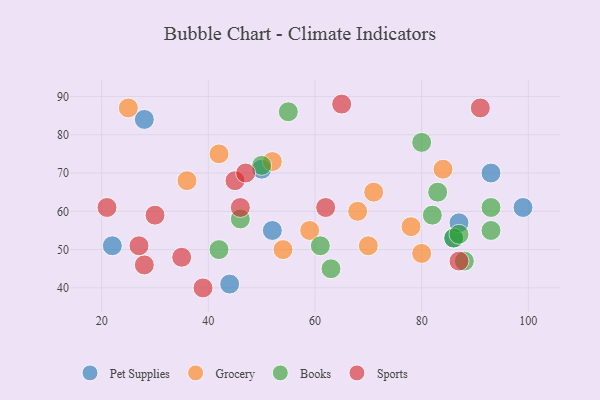
{"axis": {"x": "GDP", "y": "Life Expectancy"}, "legend": ["Books", "Grocery", "Pet Supplies", "Sports"], "data": [{"x": "52", "y": 55, "type": "Pet Supplies"}, {"x": "86", "y": 53, "type": "Pet Supplies"}, {"x": "50", "y": 71, "type": "Pet Supplies"}, {"x": "87", "y": 57, "type": "Pet Supplies"}, {"x": "44", "y": 41, "type": "Pet Supplies"}, {"x": "99", "y": 61, "type": "Pet Supplies"}, {"x": "22", "y": 51, "type": "Pet Supplies"}, {"x": "28", "y": 84, "type": "Pet Supplies"}, {"x": "93", "y": 70, "type": "Pet Supplies"}, {"x": "78", "y": 56, "type": "Grocery"}, {"x": "59", "y": 55, "type": "Grocery"}, {"x": "42", "y": 75, "type": "Grocery"}, {"x": "25", "y": 87, "type": "Grocery"}, {"x": "70", "y": 51, "type": "Grocery"}, {"x": "54", "y": 50, "type": "Grocery"}, {"x": "68", "y": 60, "type": "Grocery"}, {"x": "52", "y": 73, "type": "Grocery"}, {"x": "71", "y": 65, "type": "Grocery"}, {"x": "84", "y": 71, "type": "Grocery"}, {"x": "80", "y": 49, "type": "Grocery"}, {"x": "36", "y": 68, "type": "Grocery"}, {"x": "80", "y": 78, "type": "Books"}, {"x": "83", "y": 65, "type": "Books"}, {"x": "86", "y": 53, "type": "Books"}, {"x": "46", "y": 58, "type": "Books"}, {"x": "50", "y": 72, "type": "Books"}, {"x": "87", "y": 54, "type": "Books"}, {"x": "93", "y": 61, "type": "Books"}, {"x": "55", "y": 86, "type": "Books"}, {"x": "88", "y": 47, "type": "Books"}, {"x": "42", "y": 50, "type": "Books"}, {"x": "93", "y": 55, "type": "Books"}, {"x": "82", "y": 59, "type": "Books"}, {"x": "61", "y": 51, "type": "Books"}, {"x": "63", "y": 45, "type": "Books"}, {"x": "45", "y": 68, "type": "Sports"}, {"x": "62", "y": 61, "type": "Sports"}, {"x": "91", "y": 87, "type": "Sports"}, {"x": "35", "y": 48, "type": "Sports"}, {"x": "30", "y": 59, "type": "Sports"}, {"x": "21", "y": 61, "type": "Sports"}, {"x": "47", "y": 70, "type": "Sports"}, {"x": "46", "y": 61, "type": "Sports"}, {"x": "28", "y": 46, "type": "Sports"}, {"x": "27", "y": 51, "type": "Sports"}, {"x": "65", "y": 88, "type": "Sports"}, {"x": "39", "y": 40, "type": "Sports"}, {"x": "87", "y": 47, "type": "Sports"}]}